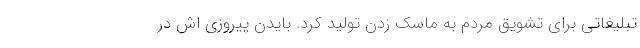
تبلیغاتی برای تشویق مردم به ماسک زدن تولید کرد. بایدن پیروزی اش در